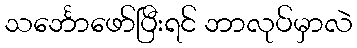
သင်္ဘောဖော်ပြီးရင် ဘာလုပ်မှာလဲ